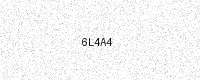
Text: 6L4A4